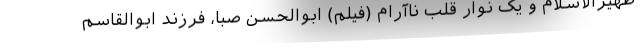
ظهیرالاسلام و یک نوار قلب ناآرام (فیلم) ابوالحسن صبا، فرزند ابوالقاسم